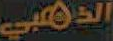
الذهبي